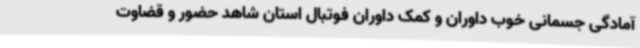
آمادگی جسمانی خوب داوران و کمک داوران فوتبال استان شاهد حضور و قضاوت